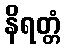
နိရတ္တံ